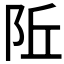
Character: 𬮾